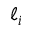
\ell _ { i }